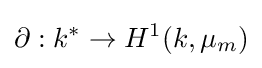
\partial :k^{*}\rightarrow H^{1}(k,\mu _{m})